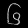
Digit: ၆